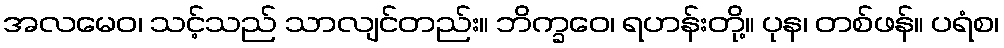
အလမေဝ၊ သင့်သည် သာလျင်တည်း။ ဘိက္ခဝေ၊ ရဟန်းတို့။ ပုန၊ တစ်ဖန်။ ပရံစ၊